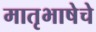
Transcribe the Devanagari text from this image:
मातृभाषेचे